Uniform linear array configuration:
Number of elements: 4
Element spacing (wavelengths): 0.5
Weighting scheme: cosine
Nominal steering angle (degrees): -60
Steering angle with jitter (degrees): -59.087
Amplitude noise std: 0.05
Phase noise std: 0.05

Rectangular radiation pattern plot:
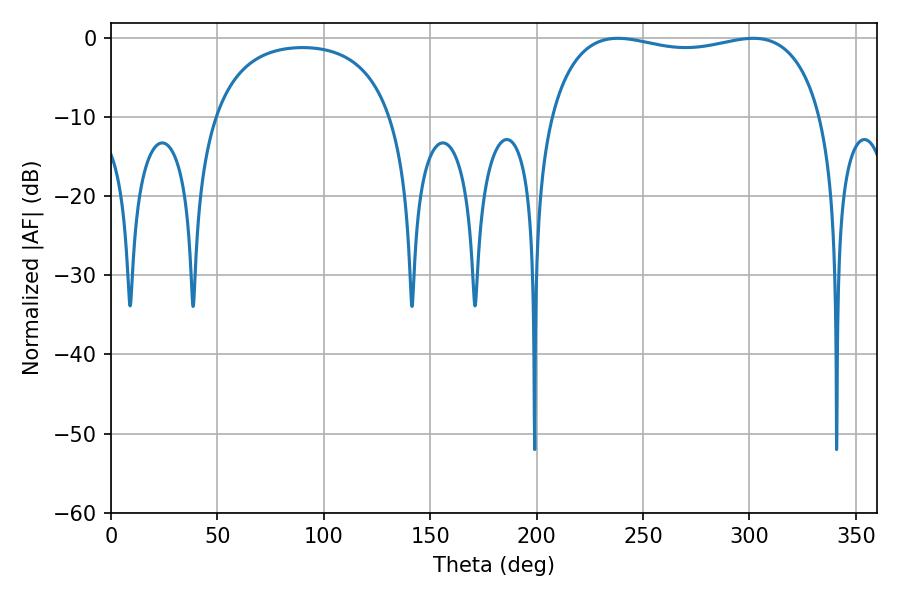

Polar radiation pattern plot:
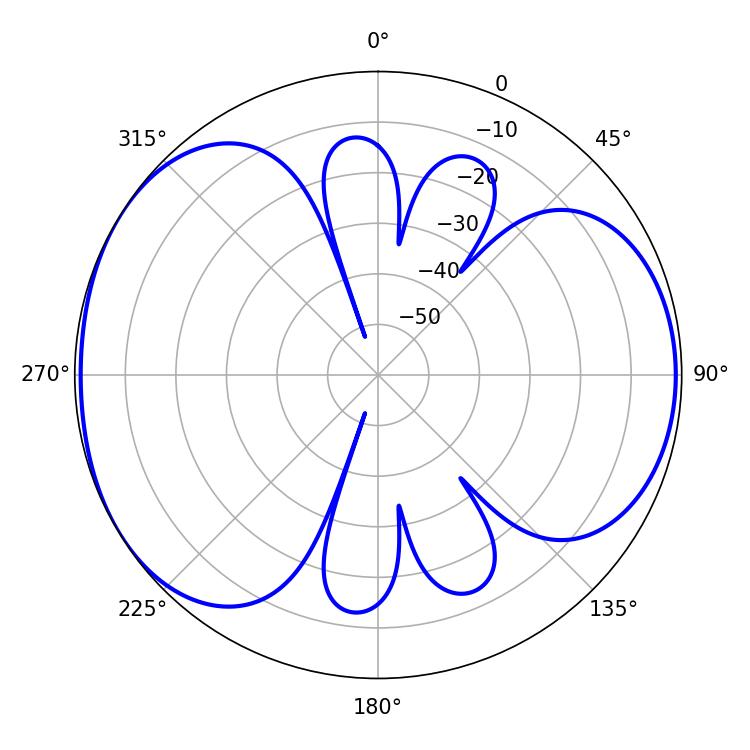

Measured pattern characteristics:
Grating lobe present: FALSE
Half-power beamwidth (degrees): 104.04
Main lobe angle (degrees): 238.14